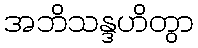
အဘိသန္ဒဟိတွာ